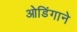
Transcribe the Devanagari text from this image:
ओडिंगाने